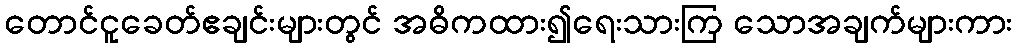
တောင်ငူခေတ်ဧချင်းများတွင် အဓိကထား၍ရေးသားကြ သောအချက်များကား